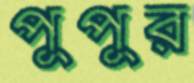
পুপুর